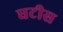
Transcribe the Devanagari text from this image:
घटीस